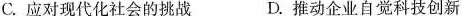
C.应对现代化社会的挑战 D.推动企业自觉科技创新